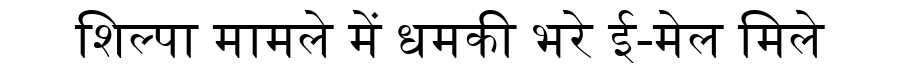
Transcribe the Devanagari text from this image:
शिल्पा मामले में धमकी भरे ई-मेल मिले